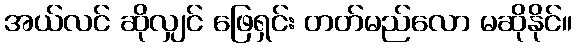
အယ်လင် ဆိုလျှင် ဖြေရှင်း တတ်မည်လော မဆိုနိုင်။